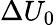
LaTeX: \Delta U_{0}